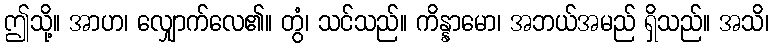
ဤသို့။ အာဟ၊ လျှောက်လေ၏။ တွံ၊ သင်သည်။ ကိန္နာမော၊ အဘယ်အမည် ရှိသည်။ အသိ၊